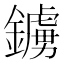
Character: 鐪